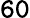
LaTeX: \mathtt{60}